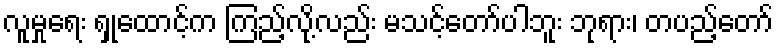
လူမှုရေး ရှုထောင့်က ကြည့်လို့လည်း မသင့်တော်ပါဘူး ဘုရား၊ တပည့်တော်